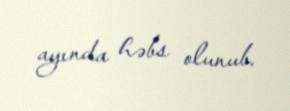
ayında həbs olunub.